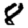
Digit: 8